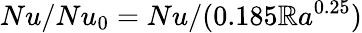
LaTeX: Nu/Nu_{0}=Nu/(0.185\mathbb{R}a^{0.25})